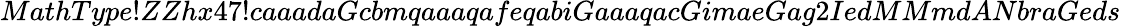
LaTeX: MathType!ZZhx47!caaadaGcbmqaaaqafeqabiGaaaqacGimaeGag2IedMMmdANbraGeds